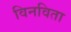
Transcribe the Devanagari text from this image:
विनविता